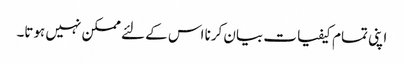
اپنی تمام کیفیات بیان کرنا اس کے لئے ممکن نہیں ہوتا۔